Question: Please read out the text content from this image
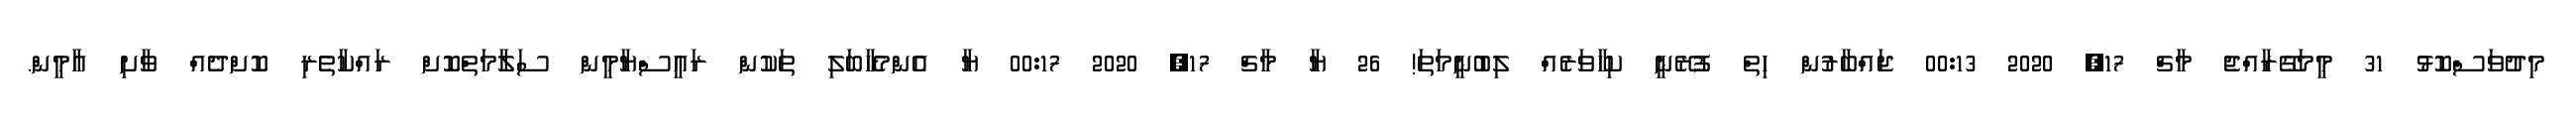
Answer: މިދުވަސްކޮޅު 31 މީމަގޭރާއްޖެ މާޗް 17, 2020 00:13 ޖައްބާރުން ހިތް ފުރޭނީ ކިހާވަރެއް ލިބުނީމަތަ! 26 ޔާ މާޗް 17, 2020 00:17 ޔާ އެންމެހާބަލި ތަކުން ރައީސްޔާމީން ސަލާމަތްކޮށް ރައްކާތެރި ކޮށްދެއް ވާށި އާމީން.